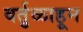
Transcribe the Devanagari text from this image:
वर्तुळाहून